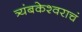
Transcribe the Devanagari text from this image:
त्र्यंबकेश्वराचं